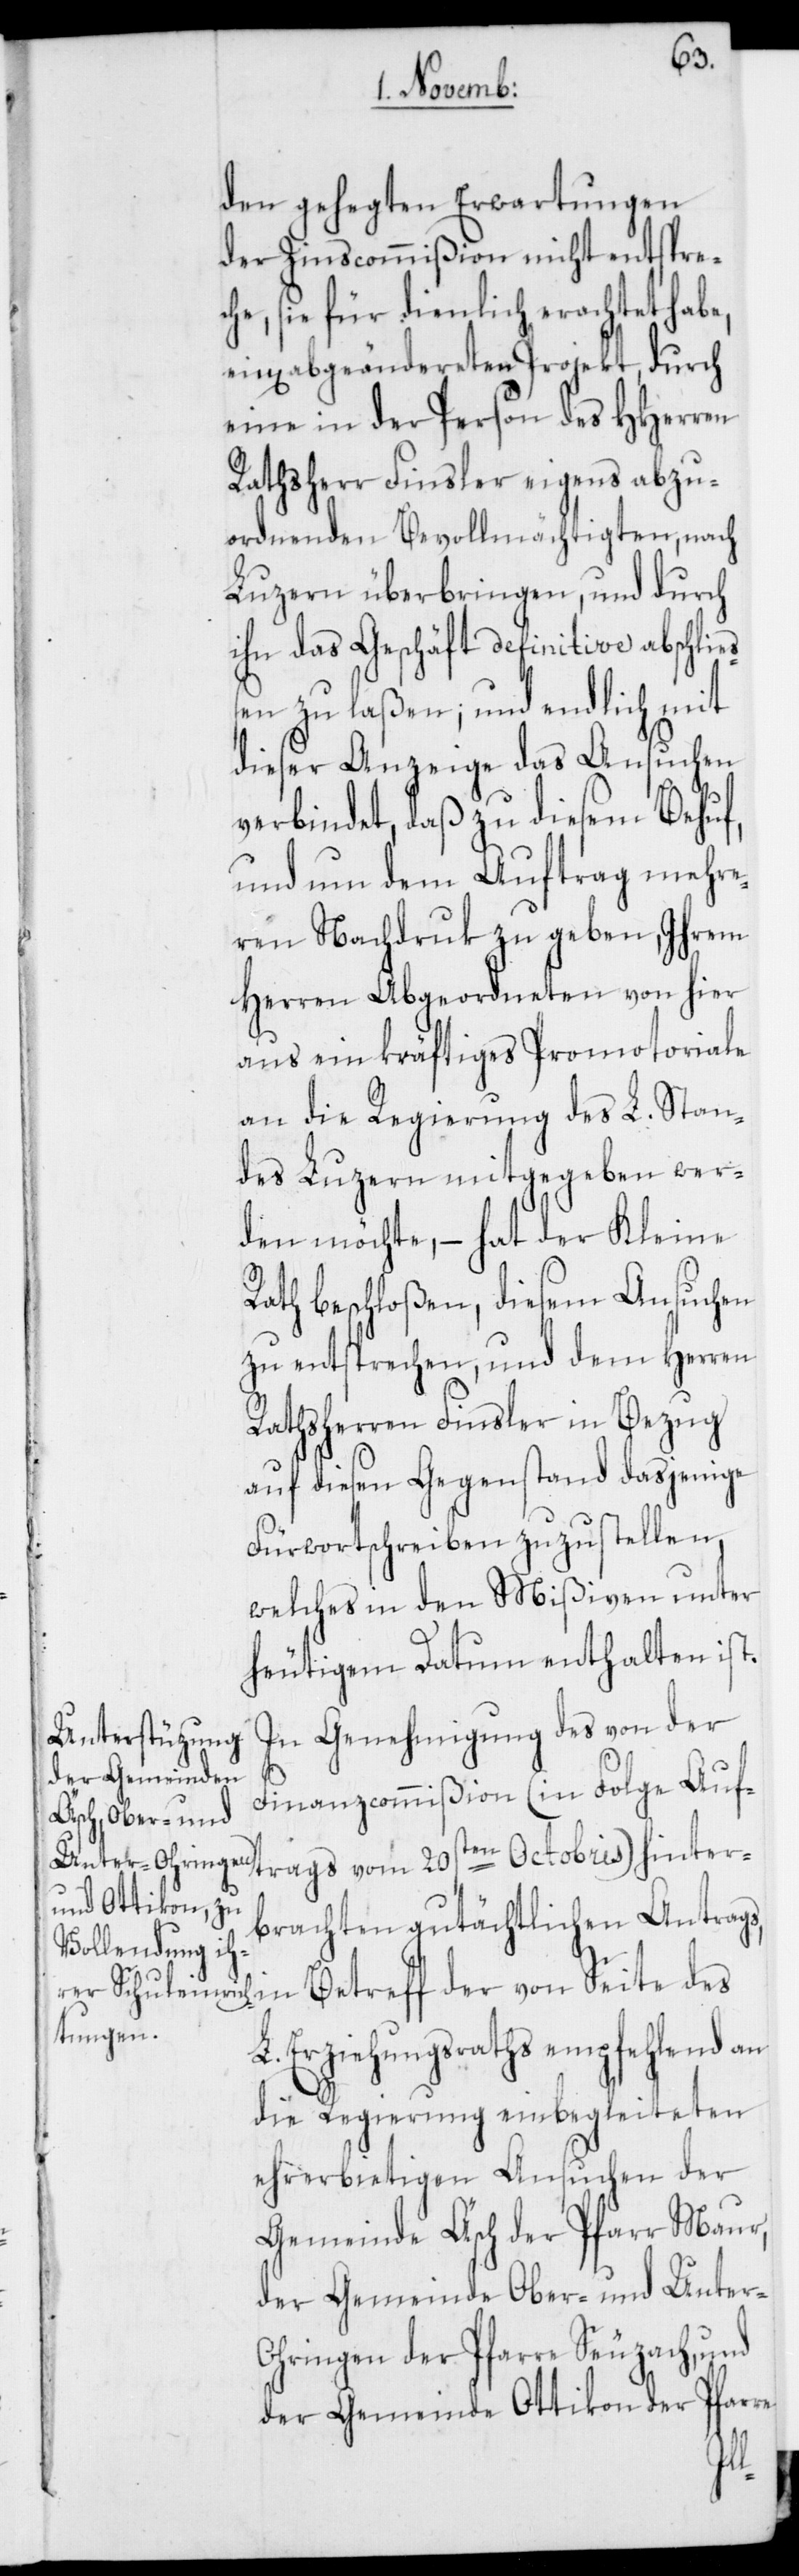
den gehegten Erwartungen
der Zinscommißion nicht entspre¬
che, sie für dienlich erachtet habe,
angeändereten Projekt, durch
eine in der Person des HHerren
Rathsherr Finsler eigens abzu¬
ordnenden Bevollmächtigten, nach
Luzern überbringen, und durch
ihn das Geschäft definitive abschlie¬
ßen zu laßen; und endlich mit
dieser Anzeige das Ansuchen
verbindet, daß zu diesem Behuf,
und um dem Auftrag mehre¬
ren Nachdruk zu geben, Ihrem
Herren Abgeordneten von hier
aus ein kräftiges Promotoriale
an die Regierung des L. Stan¬
des Luzern mitgegeben wer¬
den möchte, – hat der Kleine
Rath beschloßen, diesem Ansuchen
zu entsprechen, und dem Herren
Rathsherren Finsler in Bezug
auf diesen Gegenstand dasjenige
Fürwortschreiben zuzustellen,
welches in den Mißiven unter
heutigem Datum enthalten ist.
In Genehmigung des von der
Finanzcommißion (in Folge Auf¬
trags vom 20sten Octobris) hinter¬
brachten gutächtlichen Antrags,
L. Erziehungsraths empfehlend an
die Regierung einbegleiteten
ehrerbietigen Ansuchen der
Gemeinde Äsch der Pfarr Maur,
der Gemeinde Ober- und Unter-O¬
hringen der Pfarre Seuzach, und
der Gemeinde Ottikon der Pfarre